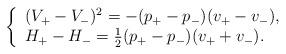
LaTeX: \begin{align*}\left\{\begin{array}{l} (V_+ - V_-)^2 =- (p_+ - p_-)(v_+ - v_-), \\ H_+ - H_- = \frac{1}{2}(p_+ - p_-)(v_+ + v_-). \end{array}\right.\end{align*}